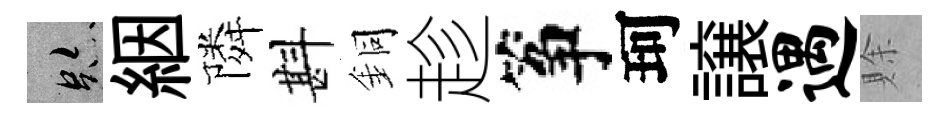
跡絪隣斟銅趁筝珂譲遇賖